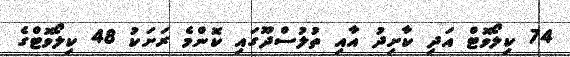
74 ކިލޯވޮޓް އަދި ކާށިދު އާއި ތުލުސްދޫގައި ކޮންމެ ރަށަކު 48 ކިލޯވޮޓްގެ